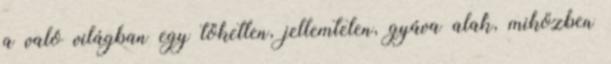
a való világban egy töketlen, jellemtelen, gyáva alak, miközben